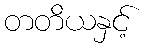
တတိယနှင့်